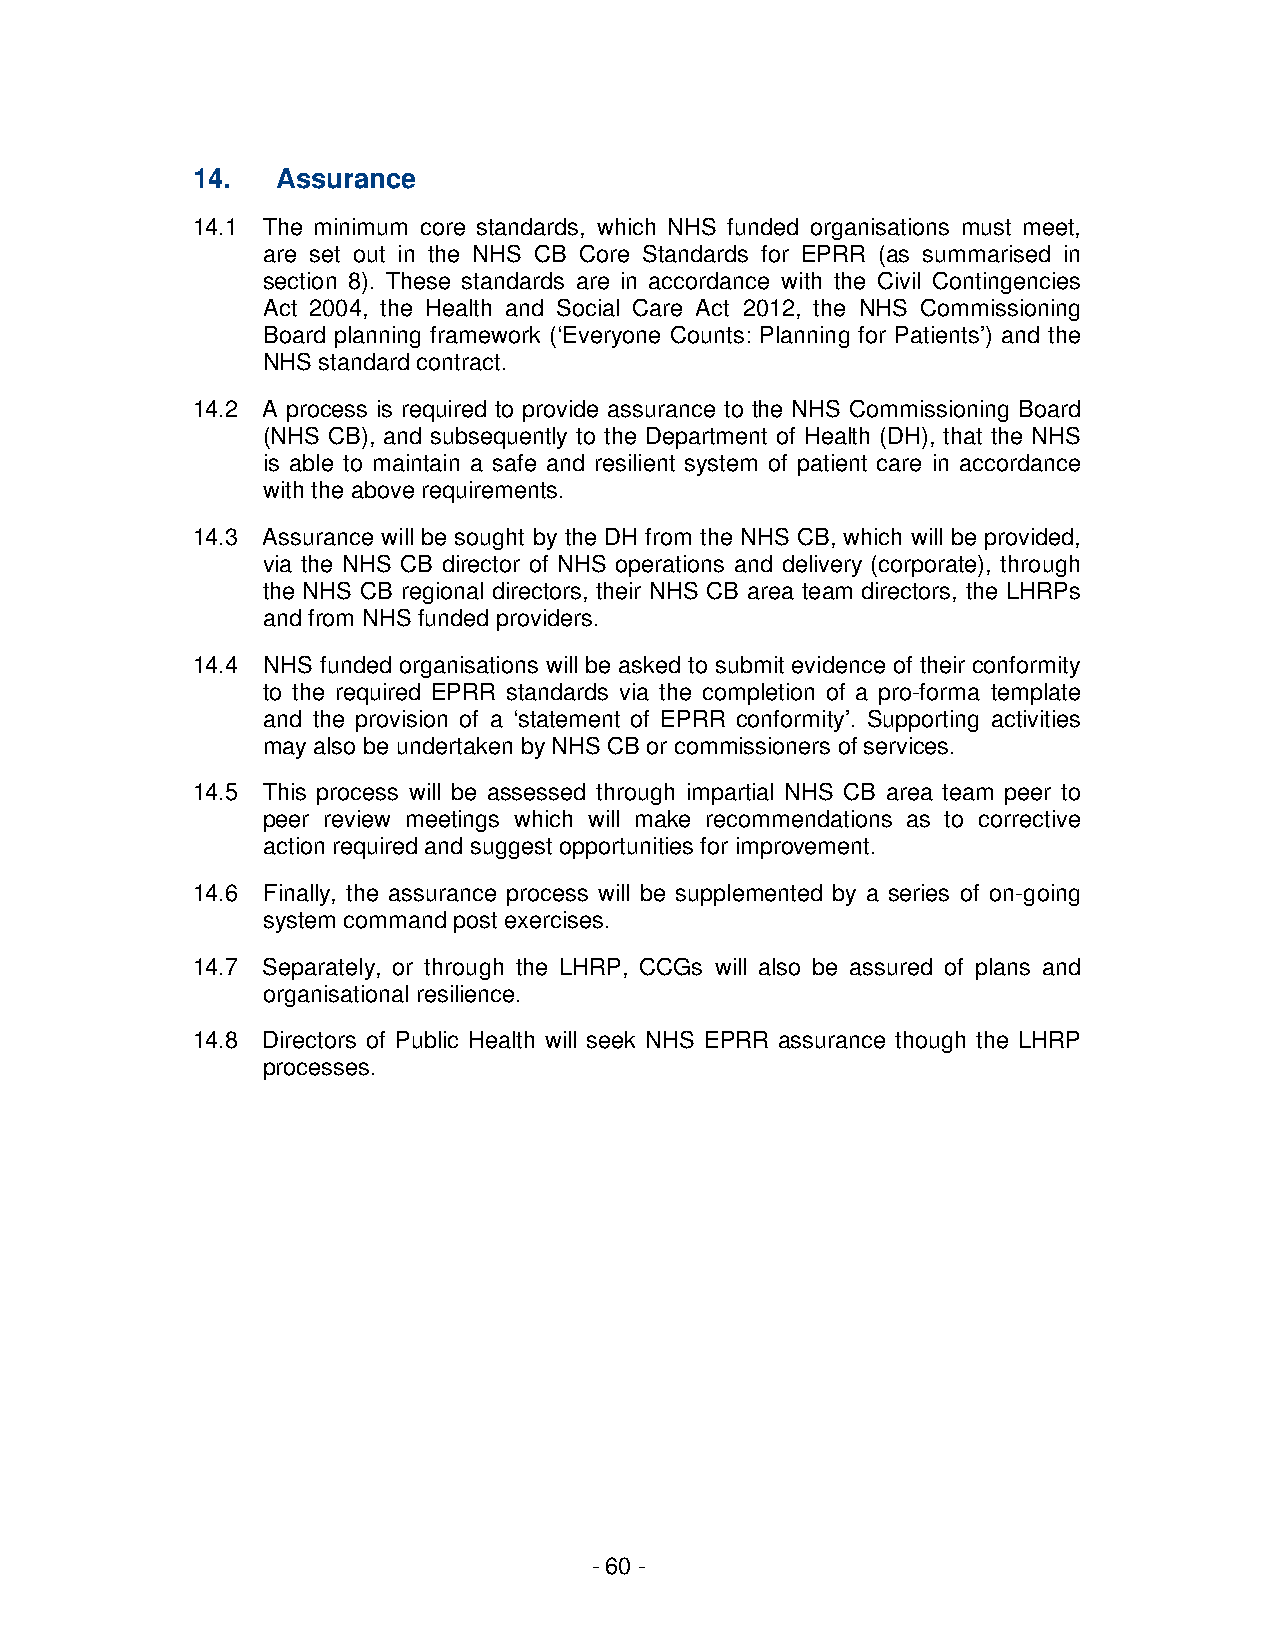
14.  Assurance
 14.1 The minimum core standards, which NHS funded organisations must meet,
 are set out in the NHS CB Core Standards for EPRR (as summarised in
 section 8). These standards are in accordance with the Civil Contingencies
 Act 2004, the Health and Social Care Act 2012, the NHS Commissioning
 Board planning framework (‘Everyone Counts: Planning for Patients’) and the
 NHS standard contract.
 14.2 A process is required to provide assurance to the NHS Commissioning Board
 (NHS CB), and subsequently to the Department of Health (DH), that the NHS
 is able to maintain a safe and resilient system of patient care in accordance
 with the above requirements.
 14.3 Assurance will be sought by the DH from the NHS CB, which will be provided,
 via the NHS CB director of NHS operations and delivery (corporate), through
 the NHS CB regional directors, their NHS CB area team directors, the LHRPs
 and from NHS funded providers.
 14.4 NHS funded organisations will be asked to submit evidence of their conformity
 to the required EPRR standards via the completion of a pro-forma template
 and the provision of a ‘statement of EPRR conformity’. Supporting activities
 may also be undertaken by NHS CB or commissioners of services.
 14.5 This process will be assessed through impartial NHS CB area team peer to
 peer review meetings which will make recommendations as to corrective
 action required and suggest opportunities for improvement.
 14.6 Finally, the assurance process will be supplemented by a series of on-going
 system command post exercises.
 14.7 Separately, or through the LHRP, CCGs will also be assured of plans and
 organisational resilience.
 14.8 Directors of Public Health will seek NHS EPRR assurance though the LHRP
 processes.
 - 60 -